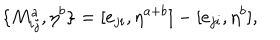
\{ M _ { i j } ^ { a } , \eta ^ { b } \} = [ e _ { j i } , \eta ^ { a + b } ] - [ e _ { j i } , \eta ^ { b } ] ,